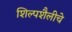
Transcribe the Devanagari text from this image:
शिल्पशैलीचे